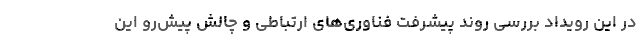
در این رویداد بررسی روند پیشرفت فناوری‌های ارتباطی و چالش پیش‌رو این